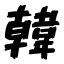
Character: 韓